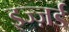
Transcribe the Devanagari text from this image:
इज्ज़र्ड